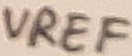
Text: VREF